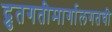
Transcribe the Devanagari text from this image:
द्रुतगतीमार्गालगतची